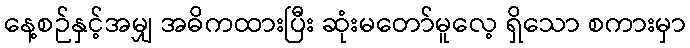
နေ့စဉ်နှင့်အမျှ အဓိကထားပြီး ဆုံးမတော်မူလေ့ ရှိသော စကားမှာ